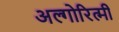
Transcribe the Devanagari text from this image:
अल्गोरित्मी